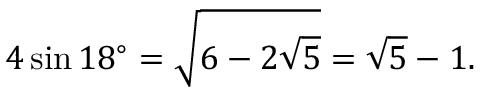
4 \sin 1 8 ^ { \circ } = { \sqrt { 6 - 2 { \sqrt { 5 } } } } = { \sqrt { 5 } } - 1 .